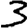
Digit: 3